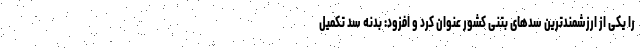
را یکی از ارزشمندترین سدهای بتنی کشور عنوان کرد و افزود: بدنه سد تکمیل